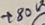
Text: +80V